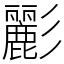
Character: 彲